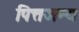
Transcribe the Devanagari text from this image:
पित्तजन्य